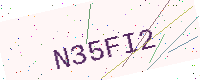
Text: N35FI2